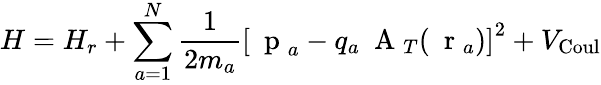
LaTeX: H=H_{r}+\sum_{a=1}^{N}\frac{1}{2m_{a}}\left[\mathrm{~\mathbf~p~}_{a}-q_{a}\mathrm{~\mathbf~A~}_{T}(\mathrm{~\mathbf~r~}_{a})\right]^{2}+V_{\mathrm{Coul}}